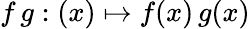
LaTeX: f\, g:(x)\mapsto f(x)\, g(x)